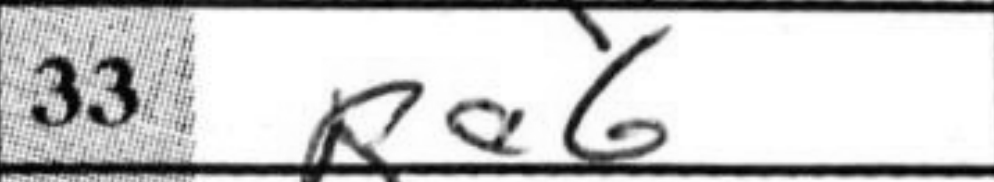
Transcription: Ra6